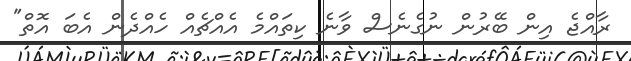
ރާއްޖެ އިން ބޭރުން ނުގެނެސް ވާނެ ކިތައްމެ އެއްޗެއް ހެއްދެން އެބަ އޮތް"